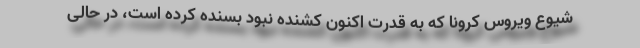
شیوع ویروس کرونا که به قدرت اکنون کشنده نبود بسنده کرده است، در حالی